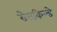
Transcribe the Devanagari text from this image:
रोसकिल्डे